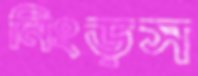
নিংড়স